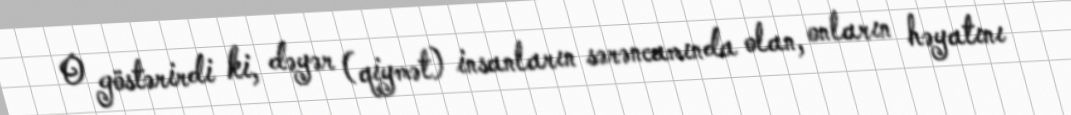
O göstərirdi ki, dəyər (qiymət) insanların sərəncamında olan, onların həyatını